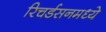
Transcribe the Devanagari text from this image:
रिचर्डसनमध्ये